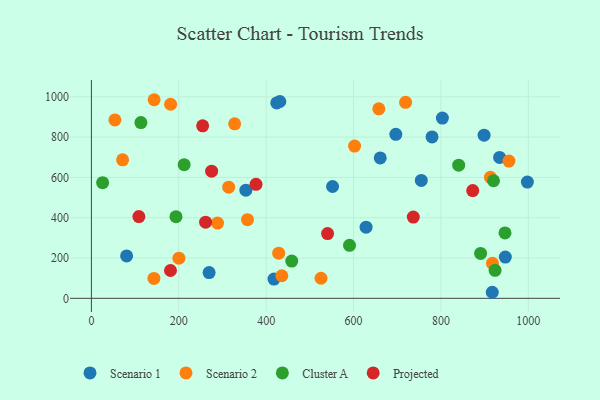
{"axis": {"x": "Distance", "y": "Fuel Efficiency"}, "legend": ["Cluster A", "Projected", "Scenario 1", "Scenario 2"], "data": [{"x": "803.4", "y": 894.4, "type": "Scenario 1"}, {"x": "898.8", "y": 809.6, "type": "Scenario 1"}, {"x": "917.5", "y": 30.0, "type": "Scenario 1"}, {"x": "552.0", "y": 555.0, "type": "Scenario 1"}, {"x": "417.9", "y": 95.7, "type": "Scenario 1"}, {"x": "80.6", "y": 210.4, "type": "Scenario 1"}, {"x": "997.9", "y": 576.8, "type": "Scenario 1"}, {"x": "353.6", "y": 536.5, "type": "Scenario 1"}, {"x": "424.2", "y": 969.4, "type": "Scenario 1"}, {"x": "934.3", "y": 699.0, "type": "Scenario 1"}, {"x": "779.7", "y": 801.0, "type": "Scenario 1"}, {"x": "431.4", "y": 976.8, "type": "Scenario 1"}, {"x": "947.4", "y": 204.5, "type": "Scenario 1"}, {"x": "269.4", "y": 127.7, "type": "Scenario 1"}, {"x": "628.7", "y": 353.1, "type": "Scenario 1"}, {"x": "755.1", "y": 585.0, "type": "Scenario 1"}, {"x": "696.8", "y": 813.6, "type": "Scenario 1"}, {"x": "661.1", "y": 696.5, "type": "Scenario 1"}, {"x": "288.7", "y": 373.3, "type": "Scenario 2"}, {"x": "200.3", "y": 199.1, "type": "Scenario 2"}, {"x": "143.1", "y": 98.8, "type": "Scenario 2"}, {"x": "435.9", "y": 112.1, "type": "Scenario 2"}, {"x": "657.9", "y": 940.1, "type": "Scenario 2"}, {"x": "71.4", "y": 687.5, "type": "Scenario 2"}, {"x": "314.2", "y": 551.4, "type": "Scenario 2"}, {"x": "428.7", "y": 224.2, "type": "Scenario 2"}, {"x": "602.4", "y": 755.7, "type": "Scenario 2"}, {"x": "357.3", "y": 390.1, "type": "Scenario 2"}, {"x": "525.6", "y": 99.7, "type": "Scenario 2"}, {"x": "143.6", "y": 985.5, "type": "Scenario 2"}, {"x": "327.9", "y": 865.7, "type": "Scenario 2"}, {"x": "53.8", "y": 885.4, "type": "Scenario 2"}, {"x": "955.7", "y": 681.3, "type": "Scenario 2"}, {"x": "719.1", "y": 972.5, "type": "Scenario 2"}, {"x": "918.0", "y": 173.5, "type": "Scenario 2"}, {"x": "181.3", "y": 963.1, "type": "Scenario 2"}, {"x": "913.3", "y": 600.6, "type": "Scenario 2"}, {"x": "25.7", "y": 573.7, "type": "Cluster A"}, {"x": "458.6", "y": 185.0, "type": "Cluster A"}, {"x": "113.3", "y": 872.0, "type": "Cluster A"}, {"x": "946.7", "y": 324.4, "type": "Cluster A"}, {"x": "890.8", "y": 223.0, "type": "Cluster A"}, {"x": "212.3", "y": 663.0, "type": "Cluster A"}, {"x": "840.7", "y": 660.6, "type": "Cluster A"}, {"x": "920.4", "y": 583.4, "type": "Cluster A"}, {"x": "193.6", "y": 405.1, "type": "Cluster A"}, {"x": "590.8", "y": 262.9, "type": "Cluster A"}, {"x": "924.0", "y": 138.9, "type": "Cluster A"}, {"x": "540.6", "y": 321.5, "type": "Projected"}, {"x": "108.7", "y": 405.7, "type": "Projected"}, {"x": "261.4", "y": 378.0, "type": "Projected"}, {"x": "254.6", "y": 855.9, "type": "Projected"}, {"x": "275.2", "y": 631.1, "type": "Projected"}, {"x": "181.0", "y": 138.0, "type": "Projected"}, {"x": "736.8", "y": 403.2, "type": "Projected"}, {"x": "376.8", "y": 565.6, "type": "Projected"}, {"x": "872.8", "y": 534.6, "type": "Projected"}]}